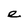
Character: e